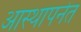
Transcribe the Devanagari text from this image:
आस्थापनेत